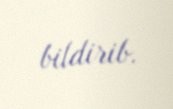
bildirib.